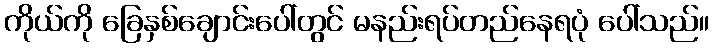
ကိုယ်ကို ခြေနှစ်ချောင်းပေါ်တွင် မနည်းရပ်တည်နေရပုံ ပေါ်သည်။